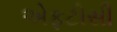
એફટીસી